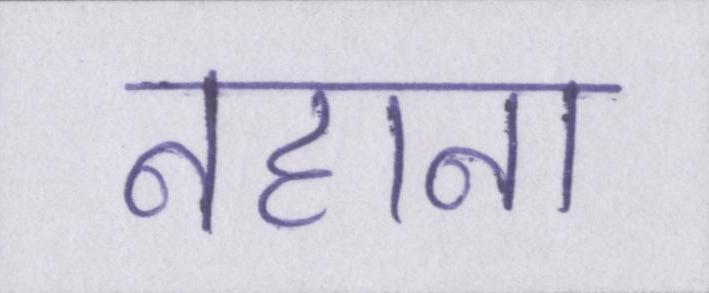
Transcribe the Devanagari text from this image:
नहाना